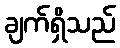
ချက်ရှိသည်